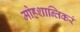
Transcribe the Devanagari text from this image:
मोहशान्तिकरं